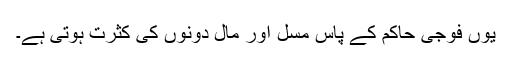
یوں فوجی حاکم کے پاس مسل اور مال دونوں کی کثرت ہوتی ہے۔